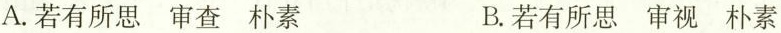
A.若有所思 审查 朴素 B.若有所思 审视 朴素